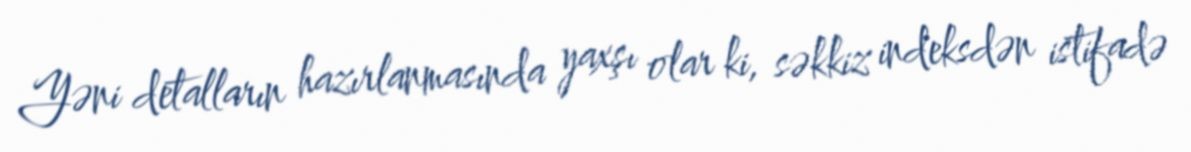
Yəni detalların hazırlanmasında yaxşı olar ki, səkkiz indeksdən istifadə